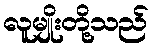
လူမျိုးတို့သည်